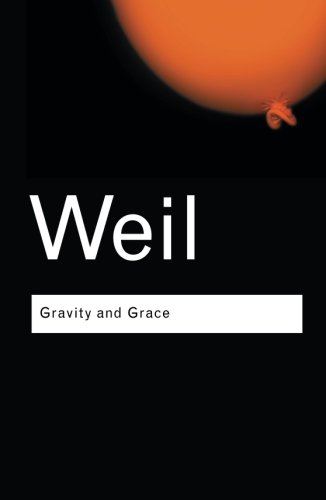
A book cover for Gravity and Grace (Routledge Classics); Simone Weil; Politics & Social Sciences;